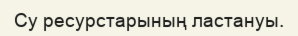
Су ресурстарының ластануы.